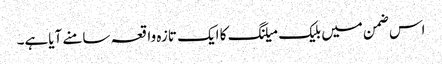
اس ضمن میں بلیک میلنگ کا ایک تازہ واقعہ سامنے آیاہے۔